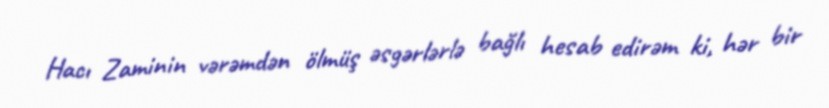
Hacı Zaminin vərəmdən ölmüş əsgərlərlə bağlı hesab edirəm ki, hər bir